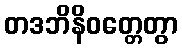
တဒဘိနိဝတ္တေတွာ